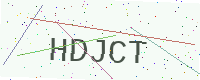
Text: HDJCT